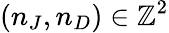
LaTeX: \left(n_{J},n_{D}\right)\in\mathbb{Z}^{2}